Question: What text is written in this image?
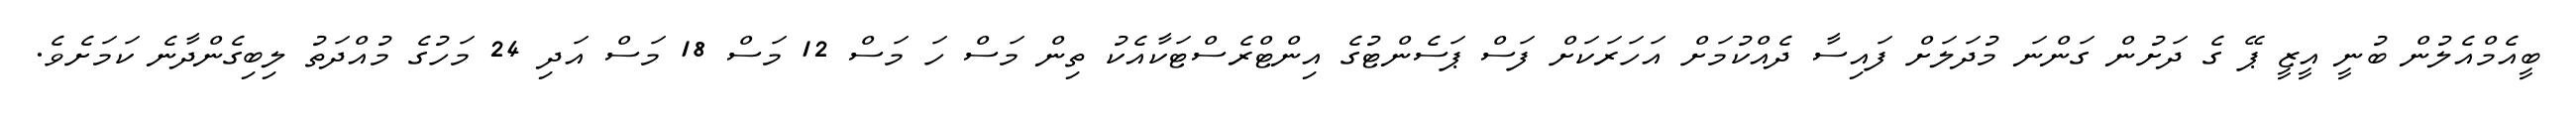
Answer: ބީއެމްއެލުން ބުނީ އީޒީ ޕޭ ގެ ދަށުން ގަންނަ މުދަލަށް ފައިސާ ދެއްކުމަށް އަހަރަކަށް ފަސް ޕަސެންޓުގެ އިންޓްރެސްޓަކާއެކު ތިން މަސް ހަ މަސް 12 މަސް 18 މަސް އަދި 24 މަހުގެ މުއްދަތު ލިބިގެންދާނެ ކަމަށެވެ.